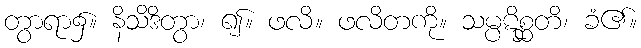
တွာရာ၌။ နိသိဒိတွာ၊ ၍။ ဖလိ။ ဖလိတကို။ သမ္ပဋိစ္ဆတိ၊ ခံ၏။